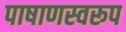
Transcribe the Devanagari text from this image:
पाषाणस्वरूप